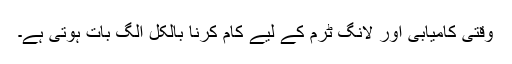
وقتی کامیابی اور لانگ ٹرم کے لیے کام کرنا بالکل الگ بات ہوتی ہے۔